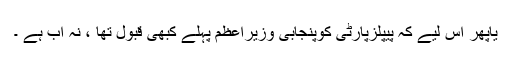
یاپھر اِس لیے کہ پیپلزپارٹی کوپنجابی وزیرِاعظم پہلے کبھی قبول تھا ، نہ اب ہے ۔